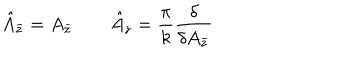
\hat { A } _ { \bar { z } } = A _ { \bar { z } } \qquad \hat { A } _ { z } = \frac { \pi } { k } \frac { \delta } { \delta A _ { \bar { z } } }